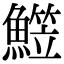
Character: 𩻒